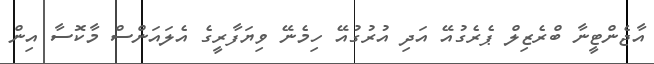
އާޖެންޓީނާ ބްރެޒިލް ޕެރެގުއޭ އަދި އުރުގުއޭ ހިމެނޭ ވިޔަފާރީގެ އެލައަންސް މާކޮސާ އިން